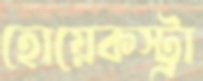
হোয়েকস্ট্রা